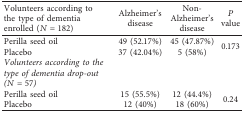
<table><thead><tr><td><b>Volunteers according to the type of dementia enrolled (<i>N</i>=182)</b></td><td><b>Alzheimer&#x27;s disease</b></td><td><b>Non-Alzheimer&#x27;s disease</b></td><td><b><i>P</i> value</b></td></tr></thead><tbody><tr><td>Perilla seed oil</td><td>49 (52.17%)</td><td>45 (47.87%)</td><td rowspan="2">0.173</td></tr><tr><td>Placebo</td><td>37 (42.04%)</td><td>5 (58%)</td></tr><tr><td><i>Volunteers according to the type of dementia drop-out (N</i>=57)</td><td> </td><td> </td><td> </td></tr><tr><td>Perilla seed oil</td><td>15 (55.5%)</td><td>12 (44.4%)</td><td rowspan="2">0.24</td></tr><tr><td>Placebo</td><td>12 (40%)</td><td>18 (60%)</td></tr></tbody></table>